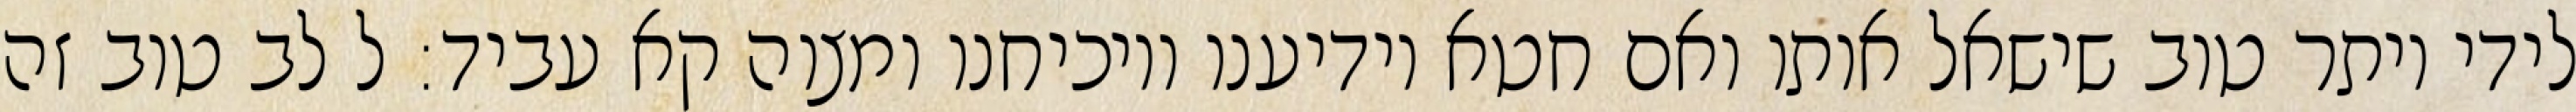
לידי יותר טוב שישאל אותו ואם חטא יודיענו ויוכיחנו ומצוה קא עביד: ל לב טוב זה